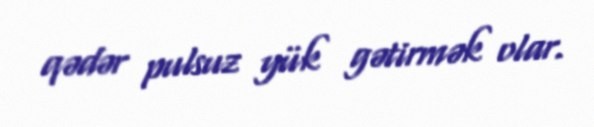
qədər pulsuz yük gətirmək olar.